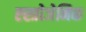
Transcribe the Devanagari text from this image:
एस्त्रोजेनिक